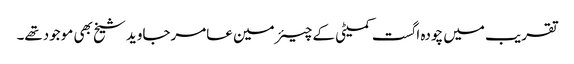
تقریب میں چودہ اگست کمیٹی کے چیئرمین عامرجاوید شیخ بھی موجودتھے۔